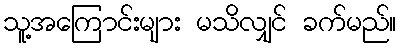
သူ့အကြောင်းများ မသိလျှင် ခက်မည်။